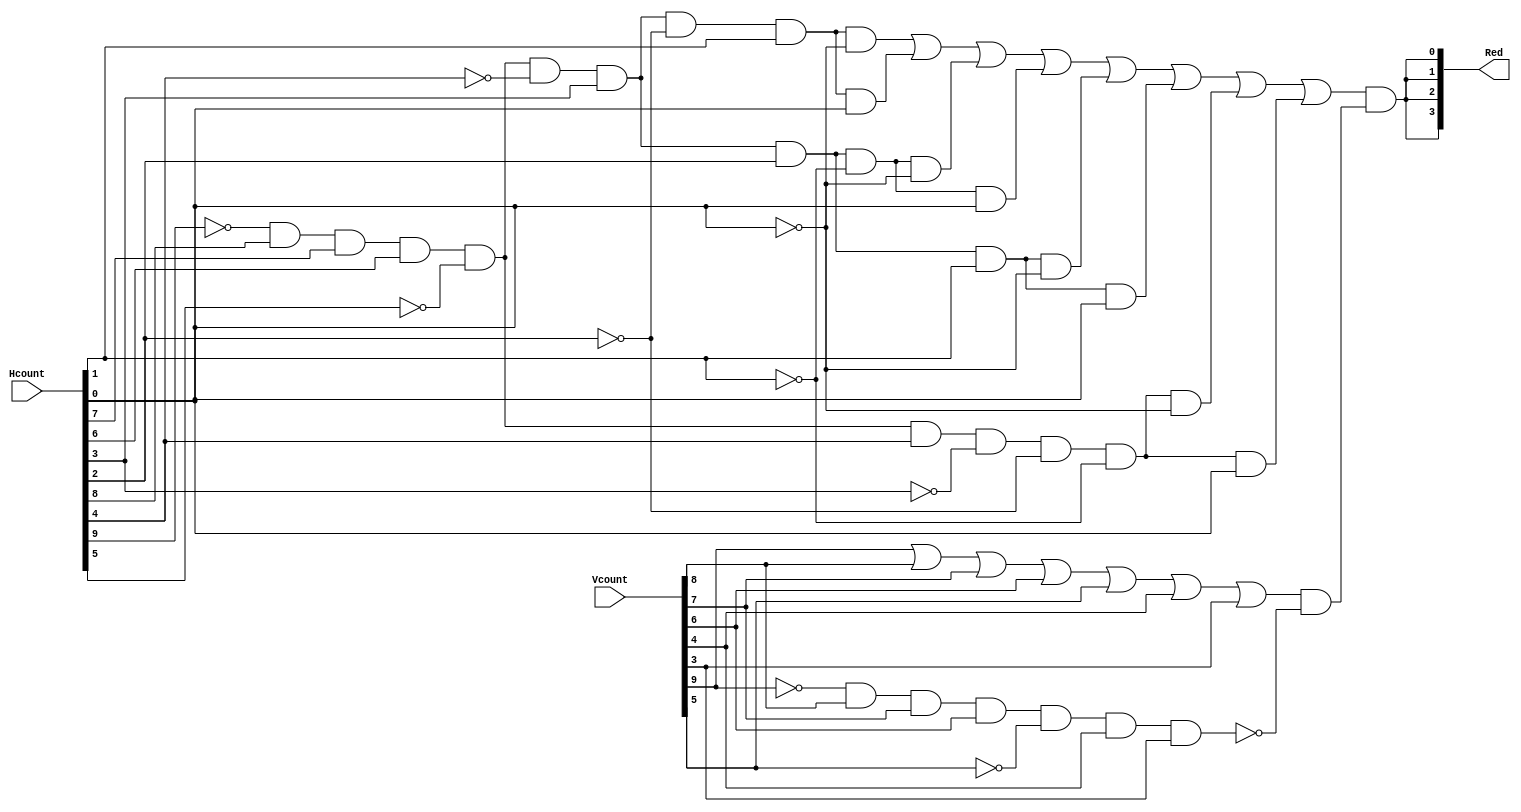
`timescale 1ns / 1ps
//////////////////////////////////////////////////////////////////////////////////
// Company: 
// Engineer: 
// 
// Design Name: 
// Module Name: VertObstacle
// Project Name: 
// Target Devices: 
// Tool Versions: 
// Description: 
// 
// Dependencies: 
// 
// Revision:
// Revision 0.01 - File Created
// Additional Comments:
// 
//////////////////////////////////////////////////////////////////////////////////


module V7(
    input [9:0] Hcount,
    input [9:0] Vcount,
    output[3:0] Red
    );
    
    assign Red[3] = ((~Hcount[9] & Hcount[8] & Hcount[7] & Hcount[6] & ~Hcount[5] & ~Hcount[4] & Hcount [3] & ~Hcount[2] & Hcount[1] & ~Hcount[0]) | 
                    (~Hcount[9] & Hcount[8] & Hcount[7] & Hcount[6] & ~Hcount[5] & ~Hcount[4] & Hcount [3] & ~Hcount[2] & Hcount[1] & Hcount[0]) |
                    (~Hcount[9] & Hcount[8] & Hcount[7] & Hcount[6] & ~Hcount[5] & ~Hcount[4] & Hcount [3] & Hcount[2] & ~Hcount[1] & ~Hcount[0]) | 
                    (~Hcount[9] & Hcount[8] & Hcount[7] & Hcount[6] & ~Hcount[5] & ~Hcount[4] & Hcount [3] & Hcount[2] & ~Hcount[1] & Hcount[0]) | 
                    (~Hcount[9] & Hcount[8] & Hcount[7] & Hcount[6] & ~Hcount[5] & ~Hcount[4] & Hcount [3] & Hcount[2] & Hcount[1] & ~Hcount[0]) | 
                    (~Hcount[9] & Hcount[8] & Hcount[7] & Hcount[6] & ~Hcount[5] & ~Hcount[4] & Hcount [3] & Hcount[2] & Hcount[1] & Hcount[0]) | 
                    (~Hcount[9] & Hcount[8] & Hcount[7] & Hcount[6] & ~Hcount[5] & Hcount[4] & ~Hcount [3] & ~Hcount[2] & ~Hcount[1] & ~Hcount[0]) | 
                    (~Hcount[9] & Hcount[8] & Hcount[7] & Hcount[6] & ~Hcount[5] & Hcount[4] & ~Hcount [3] & ~Hcount[2] & ~Hcount[1] & Hcount[0])) & 
                    ((Vcount[9] | Vcount[8] | Vcount[7] | Vcount[6] | Vcount[5] | Vcount[4] | Vcount[3]) & 
                    (~(~Vcount[9] & Vcount[8] & Vcount[7] & Vcount[6] & ~Vcount[5] & Vcount[4] & Vcount[3])));
    assign Red[2] = Red[3];   
    assign Red[1] = Red[3];
    assign Red[0] = Red[3];                          
endmodule